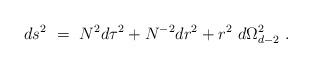
LaTeX: \begin{align*}ds^2~=~ N^2 d\tau^2 + N^{-2} dr^2 + r^2~d \Omega_{d-2}^2~.\end{align*}